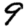
Digit: 9